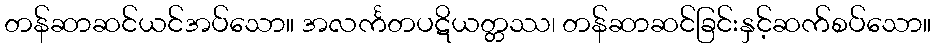
တန်ဆာဆင်ယင်အပ်သော။ အလင်္ကတပဋိယတ္တဿ၊ တန်ဆာဆင်ခြင်းနှင့်ဆက်စပ်သော။